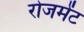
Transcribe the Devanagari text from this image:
रोजमेंट